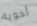
أخوية